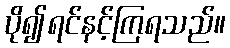
ပို၍ရင်နင့်ကြရသည်။